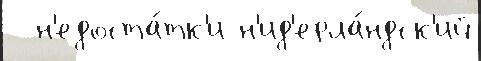
  н'едоста́тк'и н'ид'ерла́ндск'ий